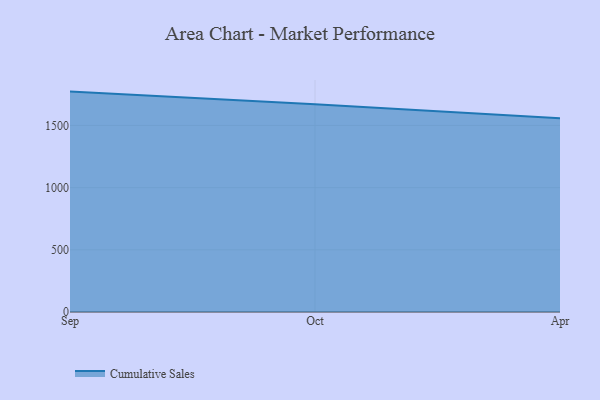
{"axis": {"x": "Month", "y": "Budget (USD K)"}, "legend": ["Cumulative Sales"], "data": [{"x": "Sep", "y": 1771.8, "type": "Cumulative Sales"}, {"x": "Oct", "y": 1669.2, "type": "Cumulative Sales"}, {"x": "Apr", "y": 1556.7, "type": "Cumulative Sales"}]}